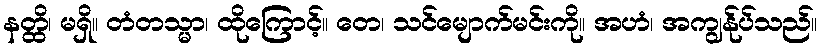
နတ္ထိ၊ မရှိ။ တံတသ္မာ၊ ထိုကြောင့်။ တေ၊ သင်မျောက်မင်းကို။ အဟံ၊ အကျွန်ုပ်သည်။